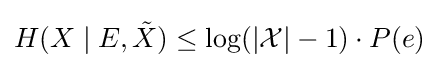
H(X\mid E,{\tilde {X}})\leq \log(|{\mathcal {X}}|-1)\cdot P(e)